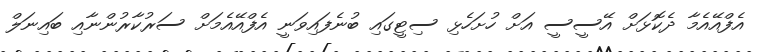
އެފްއޭއެމާ ދެކޮޅަށް އޭސީސީ އަށް ހުށަހެޅި ސިޓީގައި ބުނެފައިވަނީ އެފްއޭއެމަށް ސަރުކާރުންނާއި ބައިނަލް